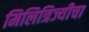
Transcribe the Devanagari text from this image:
मिलित्रिज्यीचा